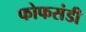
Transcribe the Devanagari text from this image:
फोफसंडी